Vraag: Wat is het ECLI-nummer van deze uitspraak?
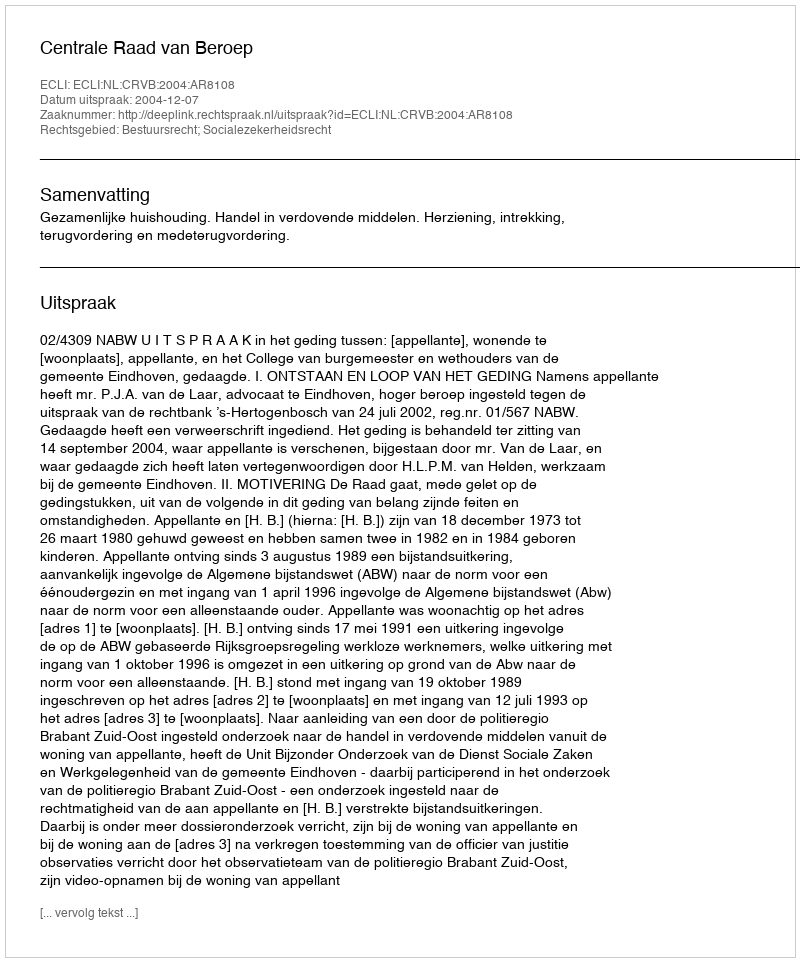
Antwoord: ECLI:NL:CRVB:2004:AR8108